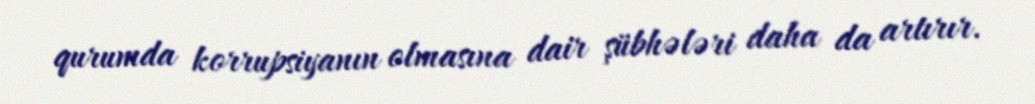
qurumda korrupsiyanın olmasına dair şübhələri daha da artırır.